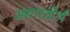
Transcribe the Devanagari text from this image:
अंगारतीर्थ